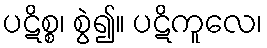
ပဋိစ္စ၊ စွဲ၍။ ပဋိကူလေ၊